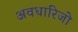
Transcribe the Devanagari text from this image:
अवधारिजो